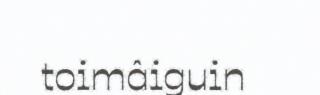
toimâiguin